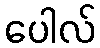
ပေါလ်